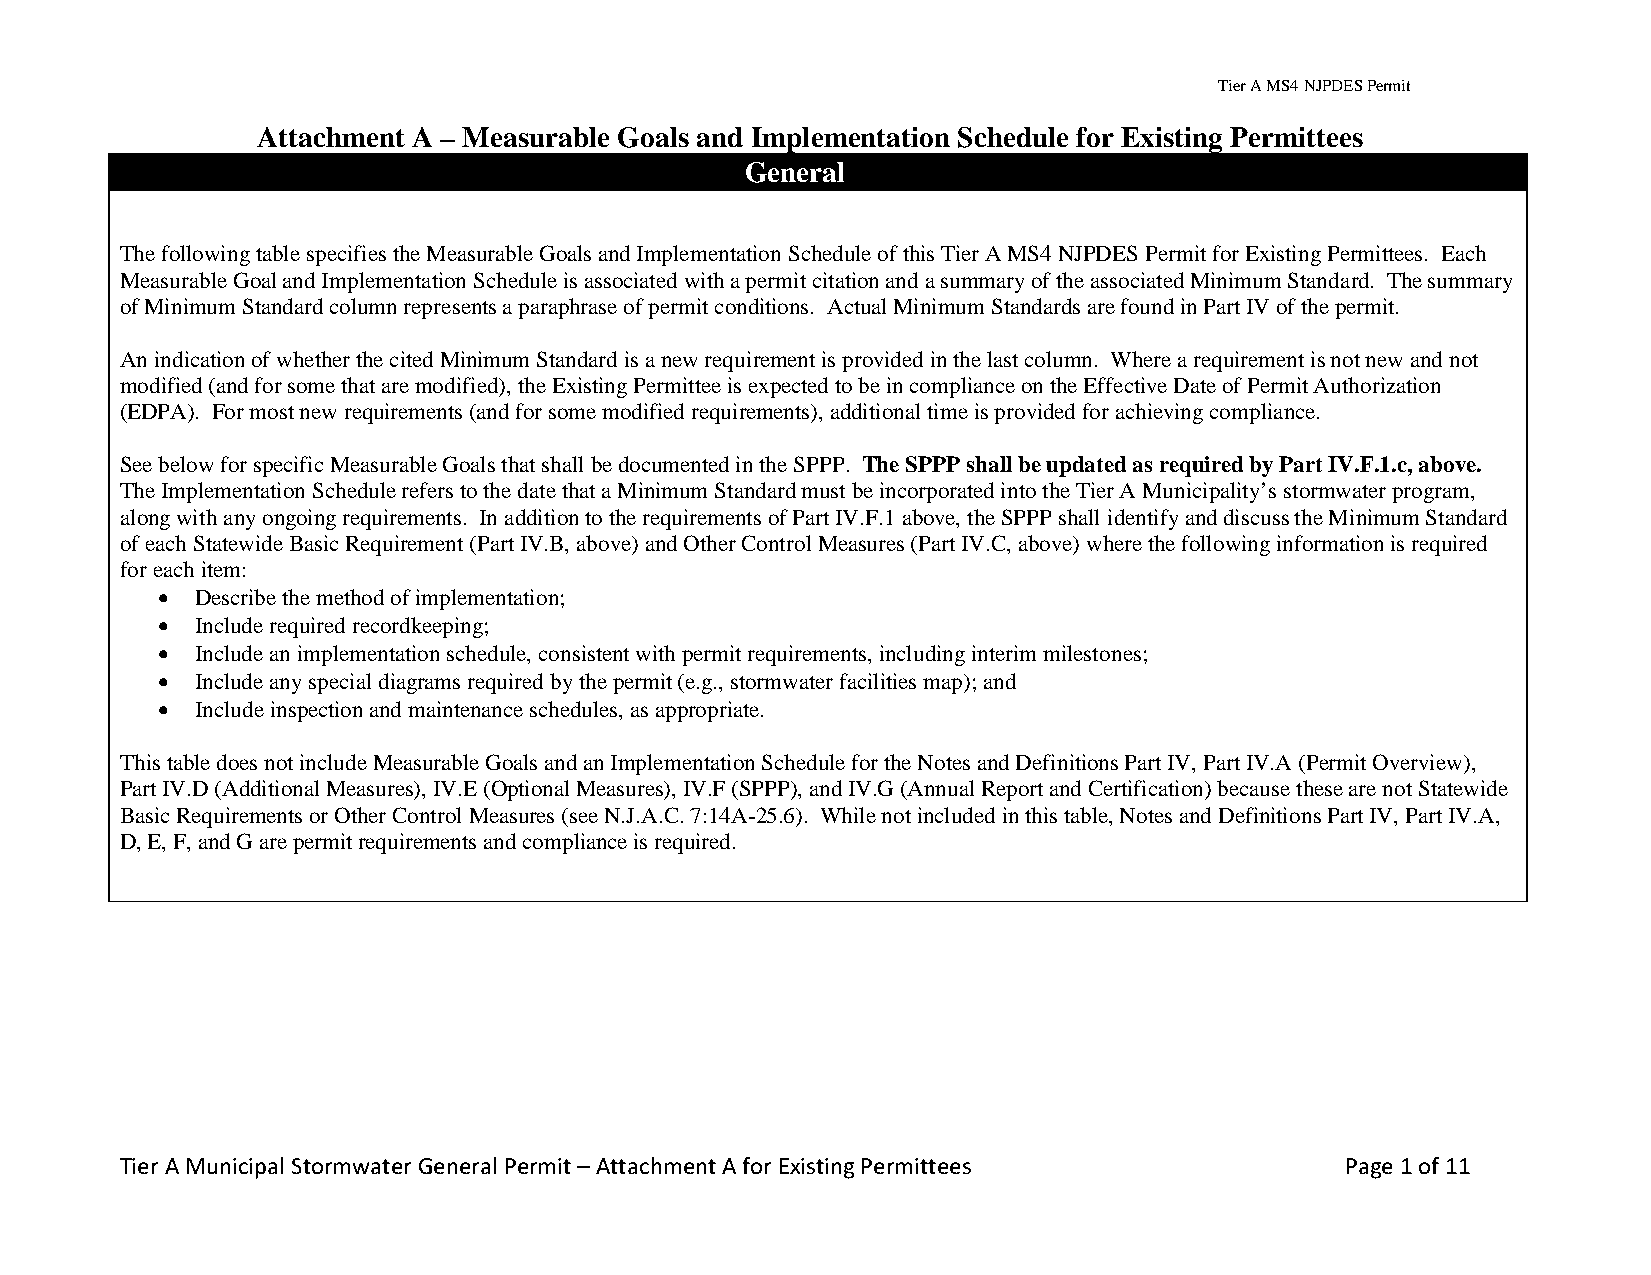
Tier A MS4 NJPDES Permit
 Attachment A – Measurable Goals and Implementation Schedule for Existing Permittees
 General
 The following table specifies the Measurable Goals and Implementation Schedule of this Tier A MS4 NJPDES Permit for Existing Permittees. Each
 Measurable Goal and Implementation Schedule is associated with a permit citation and a summary of the associated Minimum Standard. The summary
 of Minimum Standard column represents a paraphrase of permit conditions. Actual Minimum Standards are found in Part IV of the permit.
 An indication of whether the cited Minimum Standard is a new requirement is provided in the last column. Where a requirement is not new and not
 modified (and for some that are modified), the Existing Permittee is expected to be in compliance on the Effective Date of Permit Authorization
 (EDPA). For most new requirements (and for some modified requirements), additional time is provided for achieving compliance.
 See below for specific Measurable Goals that shall be documented in the SPPP. The SPPP shall be updated as required by Part IV.F.1.c, above.
 The Implementation Schedule refers to the date that a Minimum Standard must be incorporated into the Tier A Municipality’s stormwater program,
 along with any ongoing requirements. In addition to the requirements of Part IV.F.1 above, the SPPP shall identify and discuss the Minimum Standard
 of each Statewide Basic Requirement (Part IV.B, above) and Other Control Measures (Part IV.C, above) where the following information is required
 for each item:
 •  Describe the method of implementation;
 •  Include required recordkeeping;
 •  Include an implementation schedule, consistent with permit requirements, including interim milestones;
 •  Include any special diagrams required by the permit (e.g., stormwater facilities map); and
 •  Include inspection and maintenance schedules, as appropriate.
 This table does not include Measurable Goals and an Implementation Schedule for the Notes and Definitions Part IV, Part IV.A (Permit Overview),
 Part IV.D (Additional Measures), IV.E (Optional Measures), IV.F (SPPP), and IV.G (Annual Report and Certification) because these are not Statewide
 Basic Requirements or Other Control Measures (see N.J.A.C. 7:14A-25.6). While not included in this table, Notes and Definitions Part IV, Part IV.A,
 D, E, F, and G are permit requirements and compliance is required.
 Tier A Municipal Stormwater General Permit – Attachment A for Existing Permittees Page 1 of 11